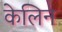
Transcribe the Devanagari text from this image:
केलिन